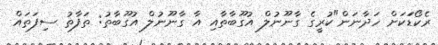
ރެކޯޑަަކަށް ހަދާނަން"ކުރީގެ ގާނޫނުލް އުގޫބާތާއި އާ ގާނޫނުލް އުގޫބާތު: ތަފާތު ސިފަތައް